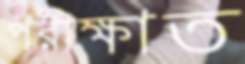
পরীক্ষাত